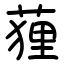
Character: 䔆